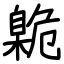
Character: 臲